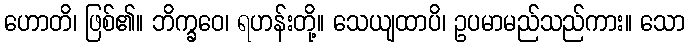
ဟောတိ၊ ဖြစ်၏။ ဘိက္ခဝေ၊ ရဟန်းတို့။ သေယျထာပိ၊ ဥပမာမည်သည်ကား။ သော